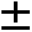
\pm